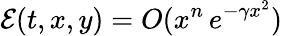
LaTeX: {\mathcal E}(t,x,y)=O(x^{n}\, e^{-\gamma x^{2}})